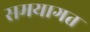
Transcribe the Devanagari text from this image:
समयागत